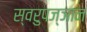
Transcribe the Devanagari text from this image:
स्वरुपज्ञान